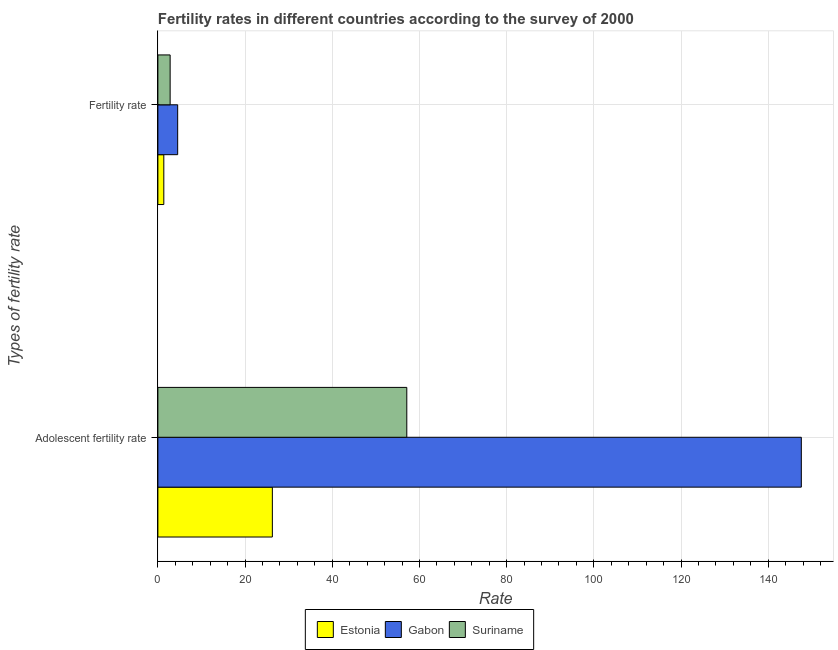
| Types of fertility rate | Estonia | Gabon | Suriname |
 | --- | --- | --- | --- |
 | Adolescent fertility rate | 26.3 | 148 | 57.1 |
 | Fertility rate | 1.36 | 4.54 | 2.81 |